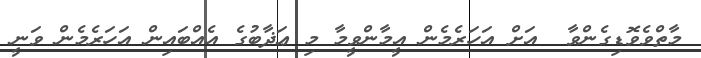
މާތްވެވޮޑިގެންވާ  އަށް އަހަރެމެން އީމާންވީމާ މި ޢަޛާބުގެ އެއްބައިން އަހަރެމެން ވަނީ